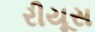
રીયૂસ